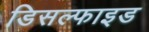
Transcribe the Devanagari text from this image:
डिसल्फाइड